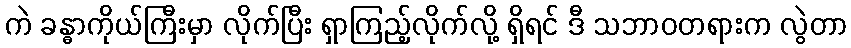
ကဲ ခန္ဓာကိုယ်ကြီးမှာ လိုက်ပြီး ရှာကြည့်လိုက်လို့ ရှိရင် ဒီ သဘာဝတရားက လွဲတာ